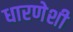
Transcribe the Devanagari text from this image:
धारणेशी